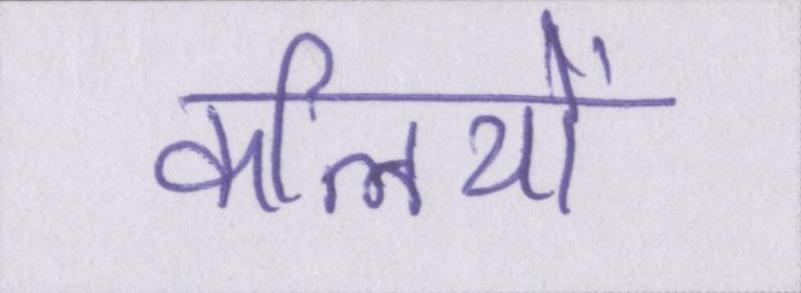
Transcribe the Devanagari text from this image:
कलियों